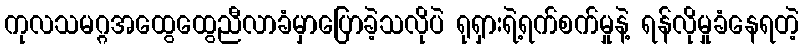
ကုလသမဂ္ဂအထွေထွေညီလာခံမှာပြောခဲ့သလိုပဲ ရုရှားရဲ့ရက်စက်မှုနဲ့ ရန်လိုမှုခံနေရတဲ့